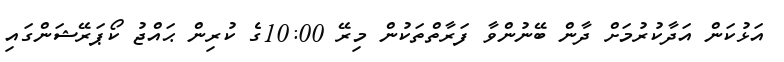
އަޅުކަން އަދާކުރުމަށް ދާން ބޭނުންވާ ފަރާތްތަކުން މިރޭ 10:00ގެ ކުރިން ޙައްޖު ކޯޕަރޭޝަންގައި